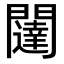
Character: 闥